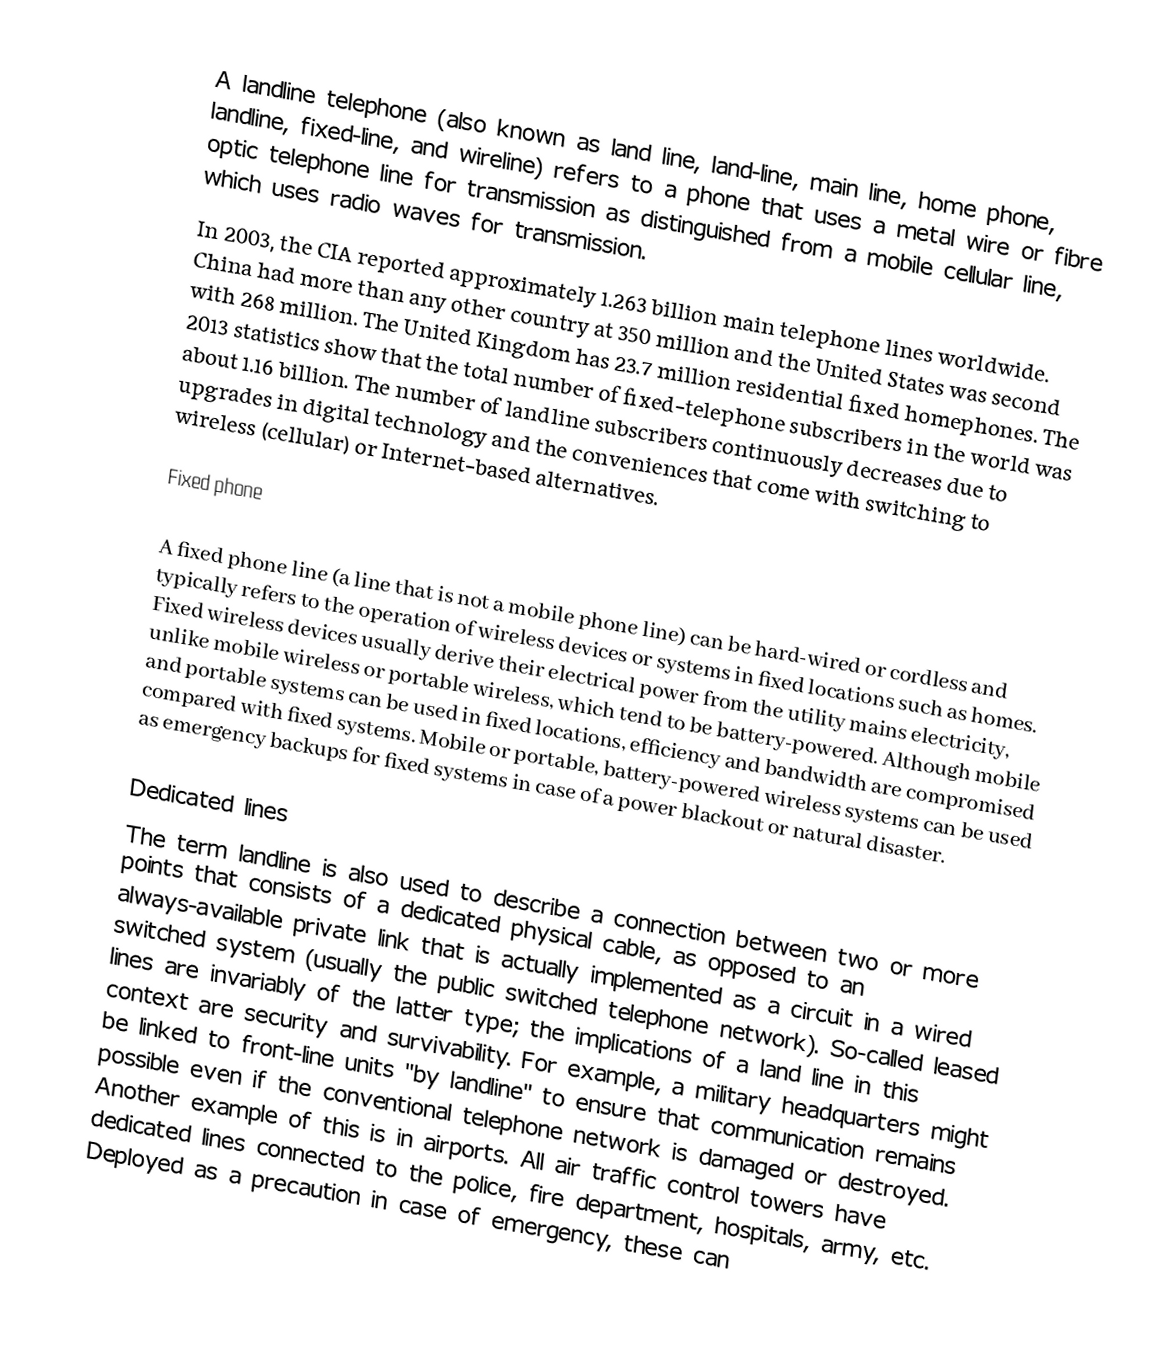
A landline telephone (also known as land line, land-line, main line, home phone, landline, fixed-line, and wireline) refers to a phone that uses a metal wire or fibre optic telephone line  for transmission as distinguished from a mobile cellular line, which uses radio waves for transmission.
In 2003, the CIA reported approximately 1.263 billion main telephone lines worldwide. China had more than any other country at 350 million and the United States was second with 268 million. The United Kingdom has 23.7 million residential fixed homephones. The 2013 statistics show that the total number of fixed-telephone subscribers in the world was about 1.16 billion. The number of landline subscribers continuously decreases due to upgrades in digital technology and the conveniences that come with switching to wireless (cellular) or Internet-based alternatives.

Fixed phone

A fixed phone line (a line that is not a mobile phone line) can be hard-wired or cordless and typically refers to the operation of wireless devices or systems in fixed locations such as homes. Fixed wireless devices usually derive their electrical power from the utility mains electricity, unlike mobile wireless or portable wireless, which tend to be battery-powered. Although mobile and portable systems can be used in fixed locations, efficiency and bandwidth are compromised compared with fixed systems. Mobile or portable, battery-powered wireless systems can be used as emergency backups for fixed systems in case of a power blackout or natural disaster.

Dedicated lines
The term landline is also used to describe a connection between two or more points that consists of a dedicated physical cable, as opposed to an always-available private link that is actually implemented as a circuit in a wired switched system (usually the public switched telephone network). So-called leased lines are invariably of the latter type; the implications of a land line in this context are security and survivability. For example, a military headquarters might be linked to front-line units "by landline" to ensure that communication remains possible even if the conventional telephone network is damaged or destroyed. Another example of this is in airports. All air traffic control towers have dedicated lines connected to the police, fire department, hospitals, army, etc. Deployed as a precaution in case of emergency, these can